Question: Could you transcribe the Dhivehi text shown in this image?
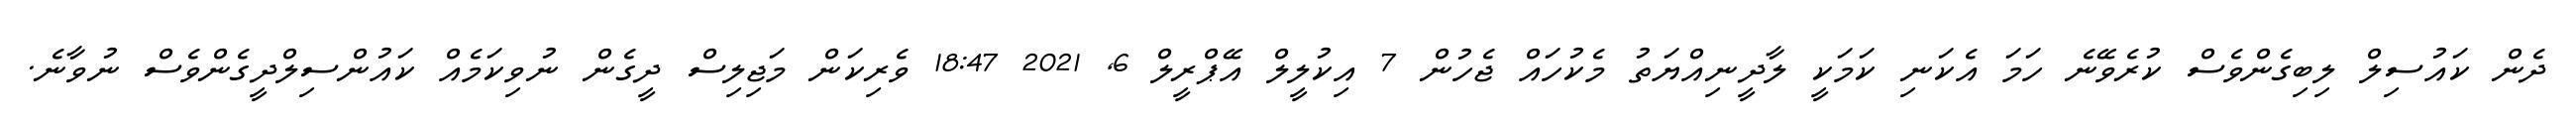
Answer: ދެން ކައުސިލް ލިބިގެންވެސް ކުރެވޭނެ ހަމަ އެކަނި ކަމަކީ ލާދީނިއްޔަތު މެކުހައް ޖެހުން 7 އިކުލީލް އޭޕްރީލް 6, 2021 18:47 ވެރިކަން މަޖިލިސް ދީގެން ނުވިކަމެއް ކައުންސިލްދީގެންވެސް ނުވާނެ.